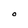
Character: O